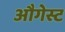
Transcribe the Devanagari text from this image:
औगेस्ट